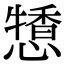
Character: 𢢹